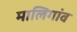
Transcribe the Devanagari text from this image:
मालिगांव